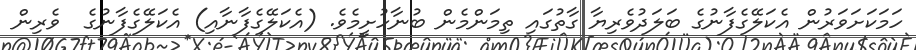
ހަމަކަށަވަރުން އެކަލޭގެފާނުގެ ބަލަދުވެރިޔާ ގާތުގައި ތިމަންމެން ބުނާހުށީމެވެ. (އެކަލޭގެފާނާއި) އެކަލޭގެފާނުގެ  ވެރިން